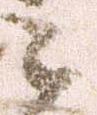
之